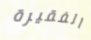
الفقيرة